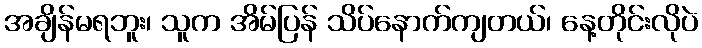
အချိန်မရဘူး၊ သူက အိမ်ပြန် သိပ်နောက်ကျတယ်၊ နေ့တိုင်းလိုပဲ